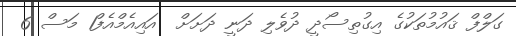
ގަލްފް ޤައުމުތަކުގެ އިގުތިސޯދީ ދުވެލި ދަނީ ދަށަށް  އައިއެމްއެފް1 މަސް 6